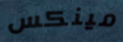
مينكس